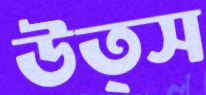
উত্স